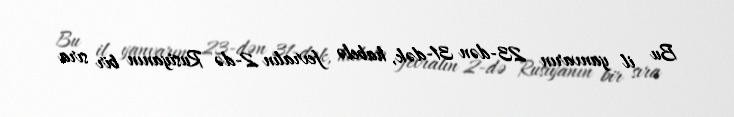
Bu il yanvarın 23-dən 31-dək, habelə fevralın 2-də Rusiyanın bir sıra